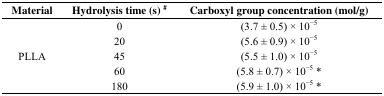
| Material | Hydrolysis time (s) # | Carboxyl group concentration (mol/g) |
 | --- | --- | --- |
 | <ROWSPAN=5> PLLA | 0 | (3.7 ± 0.5) × 10−5 |
 | 20 | (5.6 ± 0.9) × 10−5 |
 | 45 | (5.5 ± 1.0) × 10−5 |
 | 60 | (5.8 ± 0.7) × 10−5 * |
 | 180 | (5.9 ± 1.0) × 10−5 * |